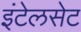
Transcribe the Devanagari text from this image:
इंटेलसेट